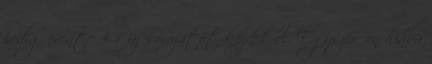
pedig évente 3-4 új sorozatot kezdek el. Egyszerűen hiába